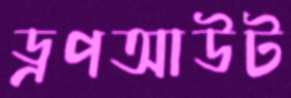
ড্রপআউট